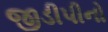
જીડીપીનો